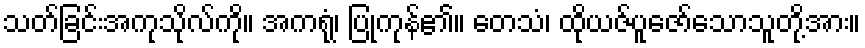
သတ်ခြင်းအကုသိုလ်ကို။ အကရုံ၊ ပြုကုန်၏။ တေသံ၊ ထိုယဇ်ပူဇော်သောသူတို့အား။